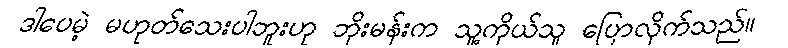
ဒါပေမဲ့ မဟုတ်သေးပါဘူးဟု ဘိုးမန်းက သူ့ကိုယ်သူ ပြောလိုက်သည်။